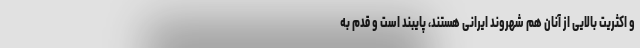
و اکثریت بالایی از آنان هم شهروند ایرانی هستند، پایبند است و قدم به